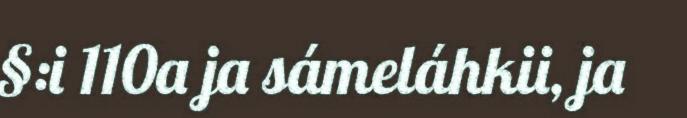
§:i 110a ja sámeláhkii, ja